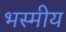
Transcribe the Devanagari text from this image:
भस्मीय